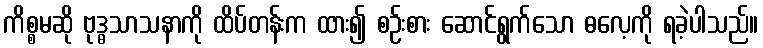
ကိစ္စမဆို ဗုဒ္ဓသာသနာကို ထိပ်တန်းက ထား၍ စဉ်းစား ဆောင်ရွက်သော ဓလေ့ကို ရခဲ့ပါသည်။